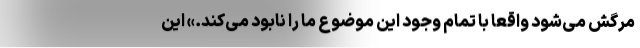
مرگش می‌شود واقعا با تمام وجود این موضوع ما را نابود می‌کند.» این